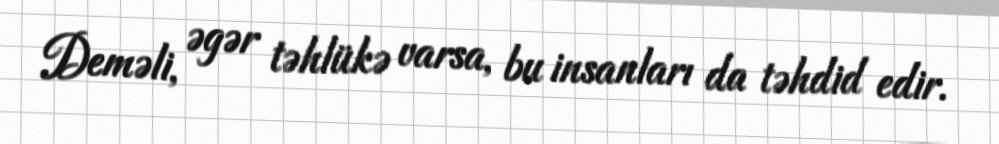
Deməli, əgər təhlükə varsa, bu insanları da təhdid edir.